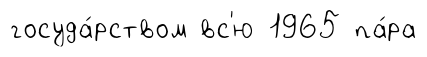
госуда́рством вс'ю 1965 па́ра